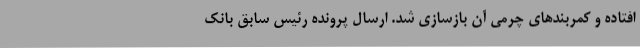
افتاده و کمربند‌های چرمی آن بازسازی شد. ارسال پرونده رئیس سابق بانک